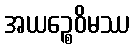
အယဉ္စေဝိမဿ